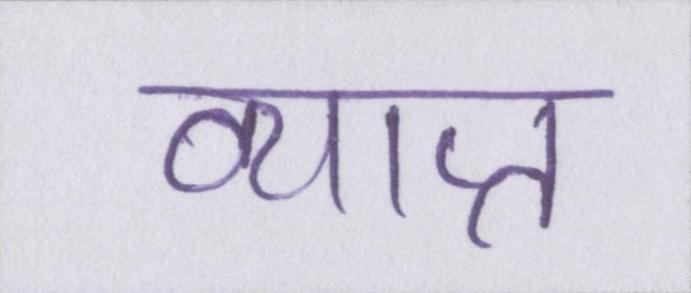
व्याप्त